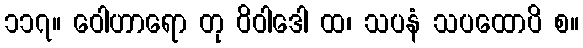
၁၁၇။ ဝေါဟာရော တု ဝိဝါဒေါ ထ၊ သပနံ သပထောပိ စ။